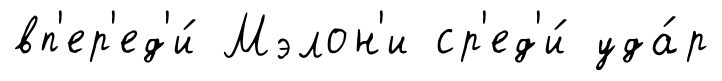
вп'ер'ед'и́ Мэлон'и ср'ед'и́ уда́р